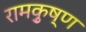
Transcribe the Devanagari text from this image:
रामकृुष्ण